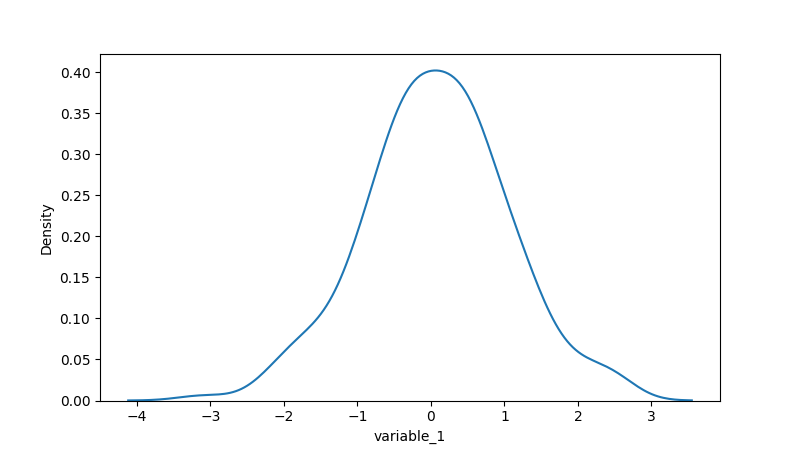
python, seaborn, kdeplot, hue='None', fill=False, bw_adjust=1.0